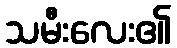
သမီးလေး၏